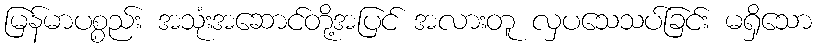
မြန်မာပစ္စည်း အသုံးအဆောင်တို့အပြင် အလားတူ လှပသေသပ်ခြင်း မရှိသော